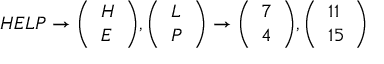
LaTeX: H E L P \to { \left( \begin{array} { l } { H } \\ { E } \end{array} \right) } , { \left( \begin{array} { l } { L } \\ { P } \end{array} \right) } \to { \left( \begin{array} { l } { 7 } \\ { 4 } \end{array} \right) } , { \left( \begin{array} { l } { 1 1 } \\ { 1 5 } \end{array} \right) }